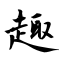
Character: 趣